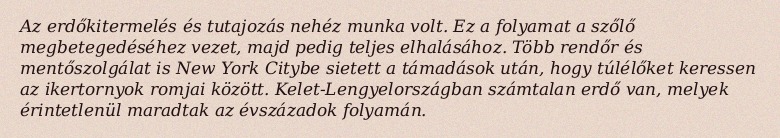
Az erdőkitermelés és tutajozás nehéz munka volt. Ez a folyamat a szőlő megbetegedéséhez vezet, majd pedig teljes elhalásához. Több rendőr és mentőszolgálat is New York Citybe sietett a támadások után, hogy túlélőket keressen az ikertornyok romjai között. Kelet-Lengyelországban számtalan erdő van, melyek érintetlenül maradtak az évszázadok folyamán.